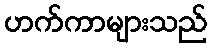
ဟက်ကာများသည်